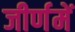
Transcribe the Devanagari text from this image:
जीर्णमें